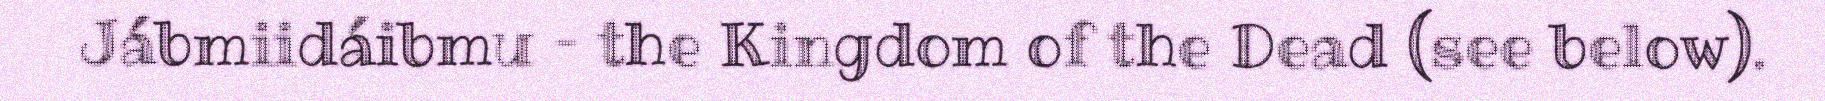
Jábmiidáibmu – the Kingdom of the Dead (see below).